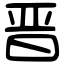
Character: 晋